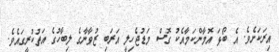
އިރަކަށެވެ. އެ ބޯޅަ އޮމާންކަމާއެކު ގޮސް މަޑުޖެހިލީ އަރަބި ޒުވާނާގެ ލިބާހުގެ އަތުކުރީގައެވެ.